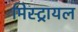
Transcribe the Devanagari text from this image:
मिस्ट्रायल